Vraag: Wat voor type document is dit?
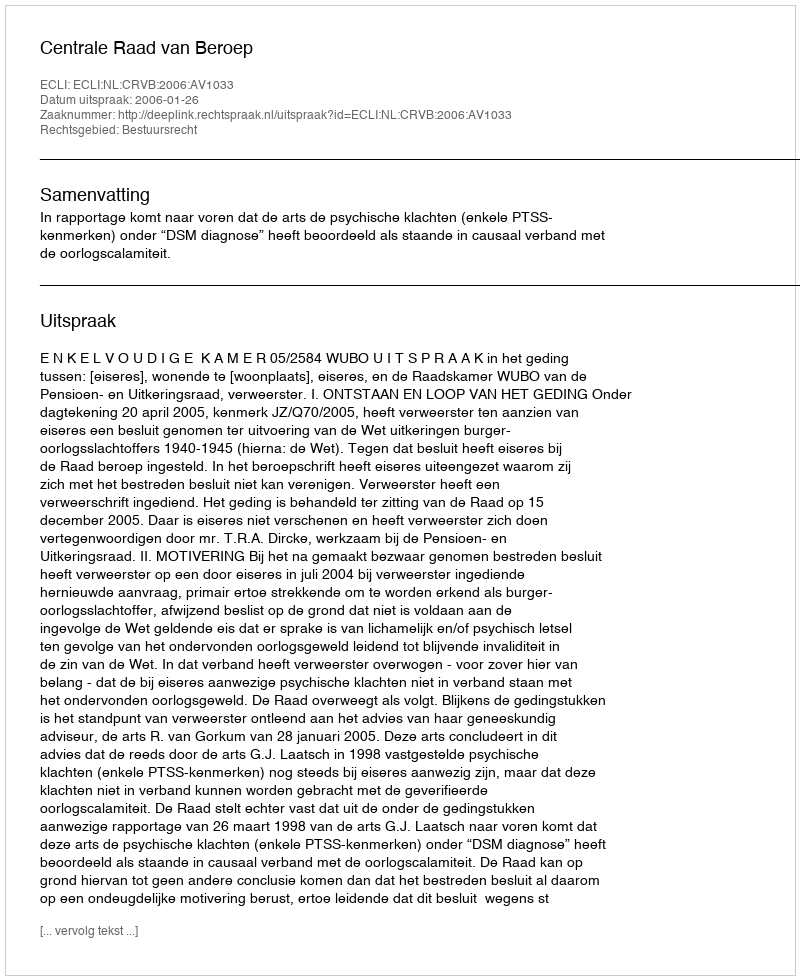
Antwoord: Uitspraak